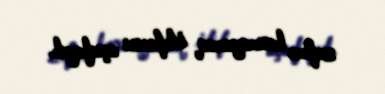
zəfərə baxmayaraq istefasını açıqlayıb.